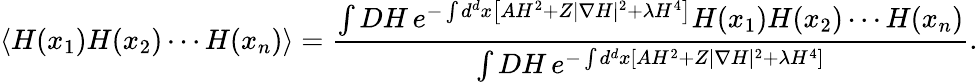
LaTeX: \langle H(x_{1})H(x_{2})\cdots H(x_{n})\rangle={\frac{\int DH\, e^{-\int d^{d}x\left[AH^{2}+Z|\nabla H|^{2}+\lambda H^{4}\right]}H(x_{1})H(x_{2})\cdots H(x_{n})}{\int DH\, e^{-\int d^{d}x\left[AH^{2}+Z|\nabla H|^{2}+\lambda H^{4}\right]}}}.